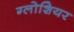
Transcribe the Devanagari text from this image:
ग्लोशियर